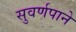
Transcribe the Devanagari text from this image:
सुवर्णपाने